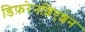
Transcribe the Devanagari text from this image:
डिफ़रेनशिएशन